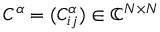
C ^ { \alpha } = ( C _ { i j } ^ { \alpha } ) \in \mathbb { C } ^ { N \times N }